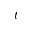
t